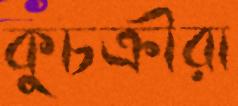
কুচক্রীরা